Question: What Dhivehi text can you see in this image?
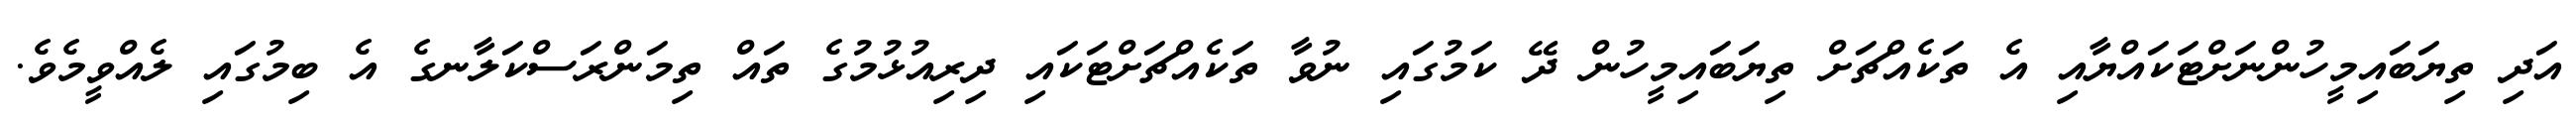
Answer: އަދި ތިޔަބައިމީހުންނަށްޓަކައްޔާއި އެ ތަކެއްޗަށް ތިޔަބައިމީހުން ދޭ ކަމުގައި ނުވާ ތަކެއްޗަށްޓަކައި ދިރިއުޅުމުގެ ތައް ތިމަންރަސްކަލާނގެ އެ ބިމުގައި ލެއްވީމެވެ.